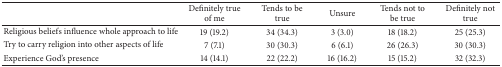
|  | Definitely true of me | Tends to be true | Unsure | Tends not to be true | Definitely not true |
 | --- | --- | --- | --- | --- | --- |
 | Religious beliefs influence whole approach to life | 19 (19.2) | 34 (34.3) | 3 (3.0) | 18 (18.2) | 25 (25.3) |
 | Try to carry religion into other aspects of life | 7 (7.1) | 30 (30.3) | 6 (6.1) | 26 (26.3) | 30 (30.3) |
 | Experience God's presence | 14 (14.1) | 22 (22.2) | 16 (16.2) | 15 (15.2) | 32 (32.3) |